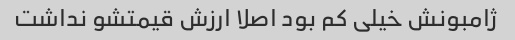
ژامبونش خیلی کم بود اصلا ارزش قیمتشو نداشت